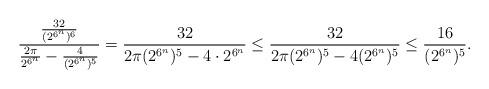
LaTeX: \begin{align*} \frac{\frac{32}{(2^{6^n})^6}}{\frac{2\pi}{2^{6^n}}-\frac{4}{(2^{6^n})^5}}=\frac{32}{2\pi(2^{6^n})^5-4\cdot 2^{6^n}}\leq \frac{32}{2\pi(2^{6^n})^5-4 (2^{6^n})^5}\leq \frac{16}{(2^{6^n})^5}. \end{align*}